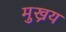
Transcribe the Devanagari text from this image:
मुख्रय